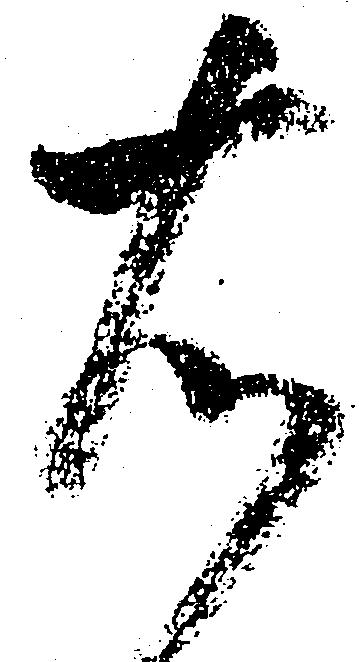
右